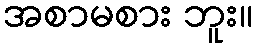
အစာမစား ဘူး။